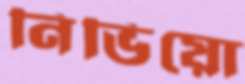
নিভিয়ো